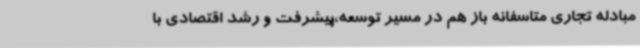
مبادله تجاری متاسفانه باز هم در مسیر توسعه،پیشرفت و رشد اقتصادی با